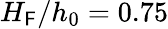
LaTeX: H_{\mathsf{F}}/h_{0}=0.75